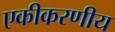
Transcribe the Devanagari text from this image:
एकीकरणीय